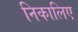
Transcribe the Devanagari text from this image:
निकालिए